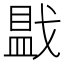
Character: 𪭓